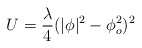
\begin{align*}U =\frac{\lambda}{4} (|\phi |^2 -\phi_o^2 )^2\end{align*}